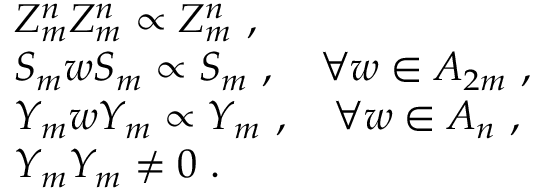
\begin{array} { r c l } { { } } & { { } } & { { Z _ { m } ^ { n } Z _ { m } ^ { n } \propto Z _ { m } ^ { n } ~ , } } \\ { { } } & { { } } & { { S _ { m } w S _ { m } \propto S _ { m } ~ , ~ ~ ~ \forall w \in A _ { 2 m } ~ , } } \\ { { } } & { { } } & { { Y _ { m } w Y _ { m } \propto Y _ { m } ~ , ~ ~ ~ \forall w \in A _ { n } ~ , } } \\ { { } } & { { } } & { { Y _ { m } Y _ { m } \not = 0 ~ . } } \end{array}